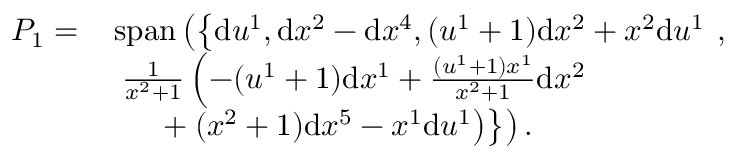
\begin{array} { r l } { P _ { 1 } = \, } & { \mathrm { s p a n } \left( \left\{ \vphantom { \frac { 1 } { x ^ { 2 } + 1 } } \mathrm { d } u ^ { 1 } , \mathrm { d } x ^ { 2 } - \mathrm { d } x ^ { 4 } , ( u ^ { 1 } + 1 ) \mathrm { d } x ^ { 2 } + x ^ { 2 } \mathrm { d } u ^ { 1 } \right. \right. , } \\ & { \left. \left. \frac { 1 } { x ^ { 2 } + 1 } \left( - ( u ^ { 1 } + 1 ) \mathrm { d } x ^ { 1 } + \frac { ( u ^ { 1 } + 1 ) x ^ { 1 } } { x ^ { 2 } + 1 } \mathrm { d } x ^ { 2 } \right. \right. \right. } \\ & { \left. \left. \left. \vphantom { \frac { 1 } { x ^ { 2 } + 1 } } \quad + ( x ^ { 2 } + 1 ) \mathrm { d } x ^ { 5 } - x ^ { 1 } \mathrm { d } u ^ { 1 } \right) \right\} \right) . } \end{array}